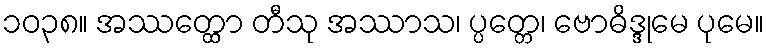
၁၀၃၈။ အဿတ္ထော တီသု အဿာသ၊ ပ္ပတ္တေ၊ ဗောဓိဒ္ဒုမေ ပုမေ။